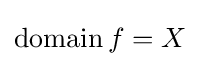
\operatorname {domain} f=X